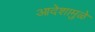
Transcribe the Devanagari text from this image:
आदेशामुळे